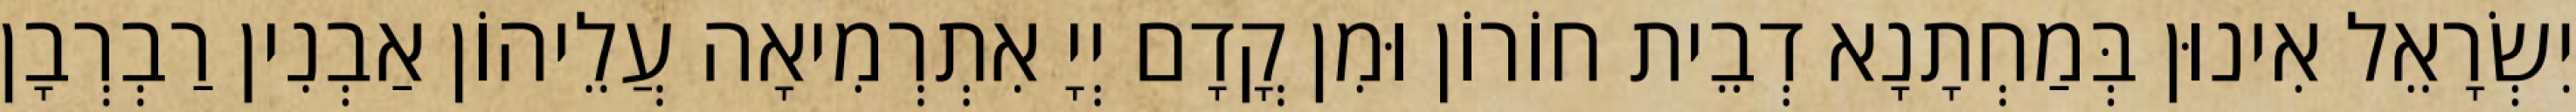
יִשְׂרָאֵל אִינוּן בְּמַחְתָנָא דְבֵית חוֹרוֹן וּמִן קֳדָם יְיָ אִתְרְמִיאָה עֲלֵיהוֹן אַבְנִין רַבְרְבָן